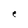
Character: e